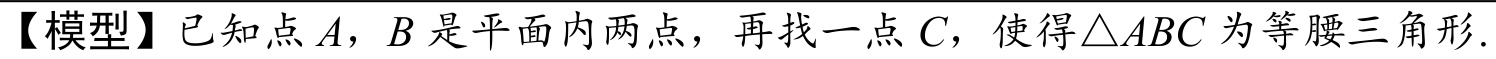
【模型】已知点\(A\)，\(B\)是平面内两点，再找一点\(C\)，使得\(\triangle ABC\)为等腰三角形.